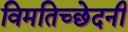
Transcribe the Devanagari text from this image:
विमतिच्छेदनी